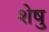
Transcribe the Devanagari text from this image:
शेषु